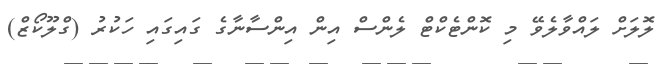
ލޮލަށް ލައްވާލެވޭ މި ކޮންޓެކްޓް ލެންސް އިން އިންސާނާގެ ގައިގައި ހަކުރު (ގްލޫކޯޒް)